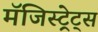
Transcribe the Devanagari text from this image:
मॅजिस्ट्रेट्स